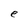
Character: e